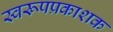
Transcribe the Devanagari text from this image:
स्वरूपप्रकाशक